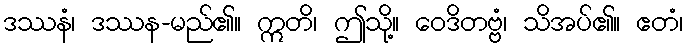
ဒဿနံ၊ ဒဿန-မည်၏။ ဣတိ၊ ဤသို့။ ဝေဒိတဗ္ဗံ၊ သိအပ်၏။ ဧတံ၊